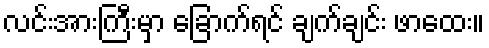
လင်းအားကြီးမှာ ခြောက်ရင် ချက်ချင်း ဖာထေး။